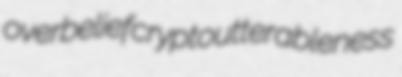
overbelief crypto utterableness